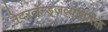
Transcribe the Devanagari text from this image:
नेदरलॅन्ड्जव्यतिरिक्त